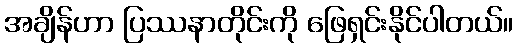
အချိန်ဟာ ပြဿနာတိုင်းကို ဖြေရှင်းနိုင်ပါတယ်။